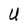
Character: U